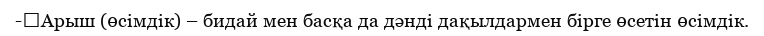
-	Арыш (өсімдік) – бидай мен басқа да дәнді дақылдармен бірге өсетін өсімдік.